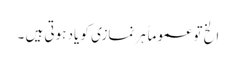
الخ تو عموماً ہر نمازی کو یاد ہوتی ہیں ۔